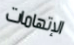
الإتهامات